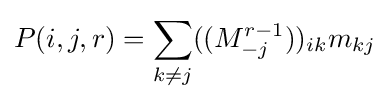
P(i,j,r)=\sum _{k\neq j}((M_{-j}^{r-1}))_{ik}m_{kj}